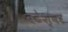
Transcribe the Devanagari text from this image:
बटेश्‍वर